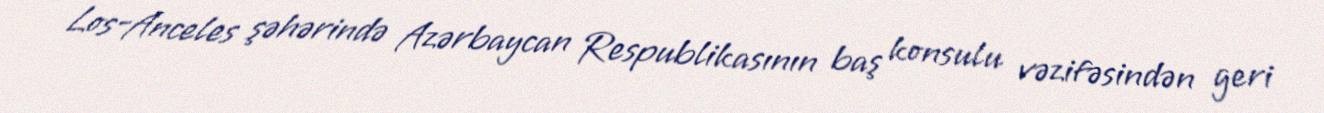
Los-Anceles şəhərində Azərbaycan Respublikasının baş konsulu vəzifəsindən geri